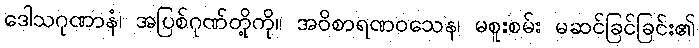
ဒေါသဂုဏာနံ၊ အပြစ်ဂုဏ်တို့ကို။ အဝိစာရဏဝသေန၊ မစူးစမ်း မဆင်ခြင်ခြင်း၏